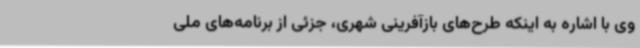
وی با اشاره به اینکه طرح‌های بازآفرینی شهری، جزئی از برنامه‌های ملی